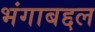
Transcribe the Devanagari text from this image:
भंगाबद्दल